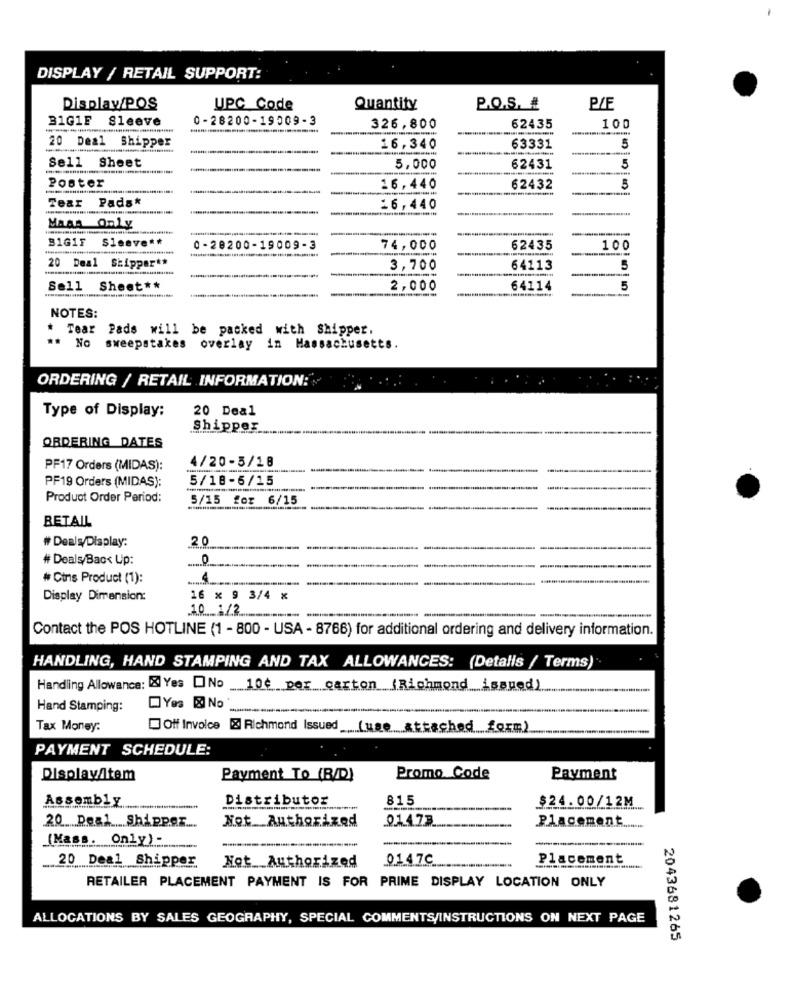
DISPLAY / RETAIL SUPPORT:
Display/POS
UPC Code
Quantity
P.O.S. #
P/E
31G1F
Sleeve
0-28200-19009-3
326,800
62435
100
20 Deal Shipper
16,340
63331
5
Sell Sheet
5,000
62431
5
Poster
16,440
62432
5
Tear Pads*
26,440
Maas Only
-
B1G1F
Sleeve **
0-28200-19009-3
74,000
62435
100
20 Deal Shipper **
3,700
64113
5
Sell Sheet **
Sell
2,000
64114
5
NOTES:
Tear Pads will be packed with Shipper.
..
No
sweepstakes overlay in Massachusetts.
ORDERING / RETAIL INFORMATION:
Type of Display:
20 Deal
Shipper
ORDERING DATES
4/20-5/18
PF17 Orders (MIDAS):
PF19 Orders (MIDAS):
5/18-6/15
Product Order Period:
5/15 for 6/15
RETAIL
# Deals/Display:
2.0
# Deals/Bac‹ Up:
# Cins Product (1):
Display Dimension:
16 x 9 3/4 x
-
Contact the POS HOTLINE (1 - 800 - USA - 8766) for additional ordering and delivery information.
HANDLING, HAND STAMPING AND TAX ALLOWANCES: (Detalls / Terms)
Handling Allowance: & Yes ONo 10¢ per carton (Richmond issued)
Hand Stamping:
Yes & No
Tax Money:
Off Invoice & Richmond Issued (uge attached form)
PAYMENT SCHEDULE:
Display/Item
Payment To (B/D)
Promo Code
Payment
Distributor
815
Assembly
-
$24.00/12M
Not Authorized
0.1.4.73
20 DealShipper ....
Placement ........
(Mass. Only)-
20 Deal Shipper
0.1.4.7C
Placement
Not Authorized
RETAILER PLACEMENT PAYMENT IS FOR PRIME DISPLAY LOCATION ONLY
ALLOCATIONS BY SALES GEOGRAPHY, SPECIAL COMMENTS/INSTRUCTIONS ON NEXT PAGE
2043681265